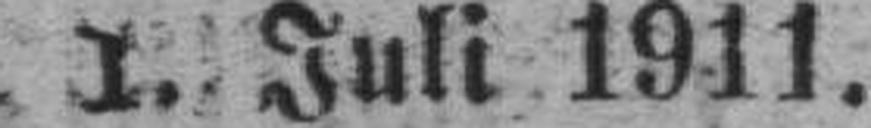
I. Juli 1911.